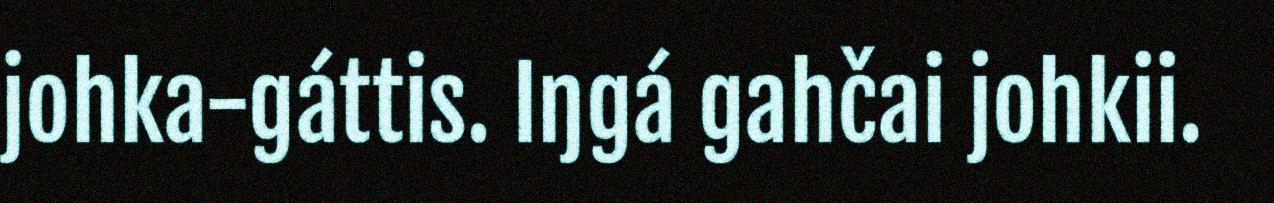
johka-gáttis. Iŋgá gahčai johkii.